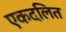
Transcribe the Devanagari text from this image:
एकदलित